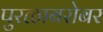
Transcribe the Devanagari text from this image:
पुरळाबरोबर